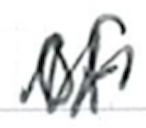
Text: of
Cross-out: zig-zag
Writing tool: ballpoint